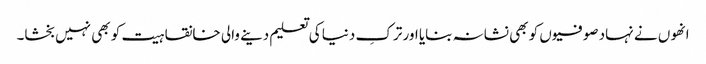
انھوں نے نہاد صوفیوں کو بھی نشانہ بنایا اور ترکِ دنیا کی تعلیم دینے والی خانقاہیت کو بھی نہیں بخشا۔